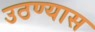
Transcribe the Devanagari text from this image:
उठण्यास